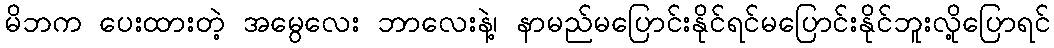
မိဘက ပေးထားတဲ့ အမွေလေး ဘာလေးနဲ့၊ နာမည်မပြောင်းနိုင်ရင်မပြောင်းနိုင်ဘူးလို့ပြောရင်